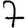
Digit: 7